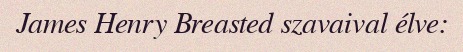
James Henry Breasted szavaival élve: